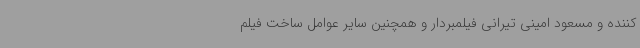
کننده و مسعود امینی تیرانی فیلمبردار و همچنین سایر عوامل ساخت فیلم